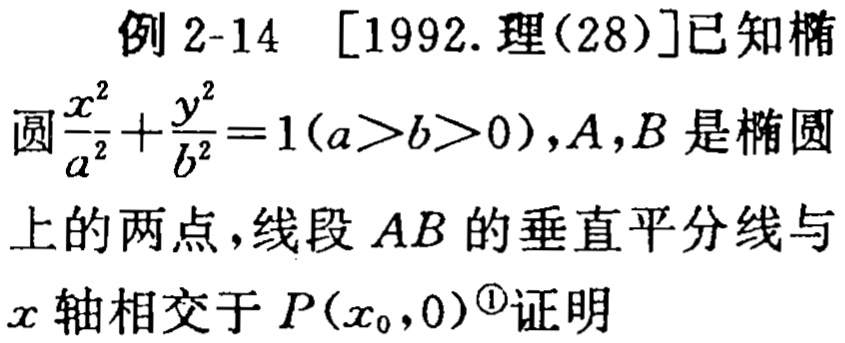
例 2-14 [1992.理(28)]已知椭圆$\frac{x^{2}}{a^{2}}+\frac{y^{2}}{b^{2}} = 1(a > b > 0),A,B$是椭圆上的两点,线段$AB$的垂直平分线与$x$轴相交于$P(x_{0},0)$<sup>\textcircled{1}</sup>证明